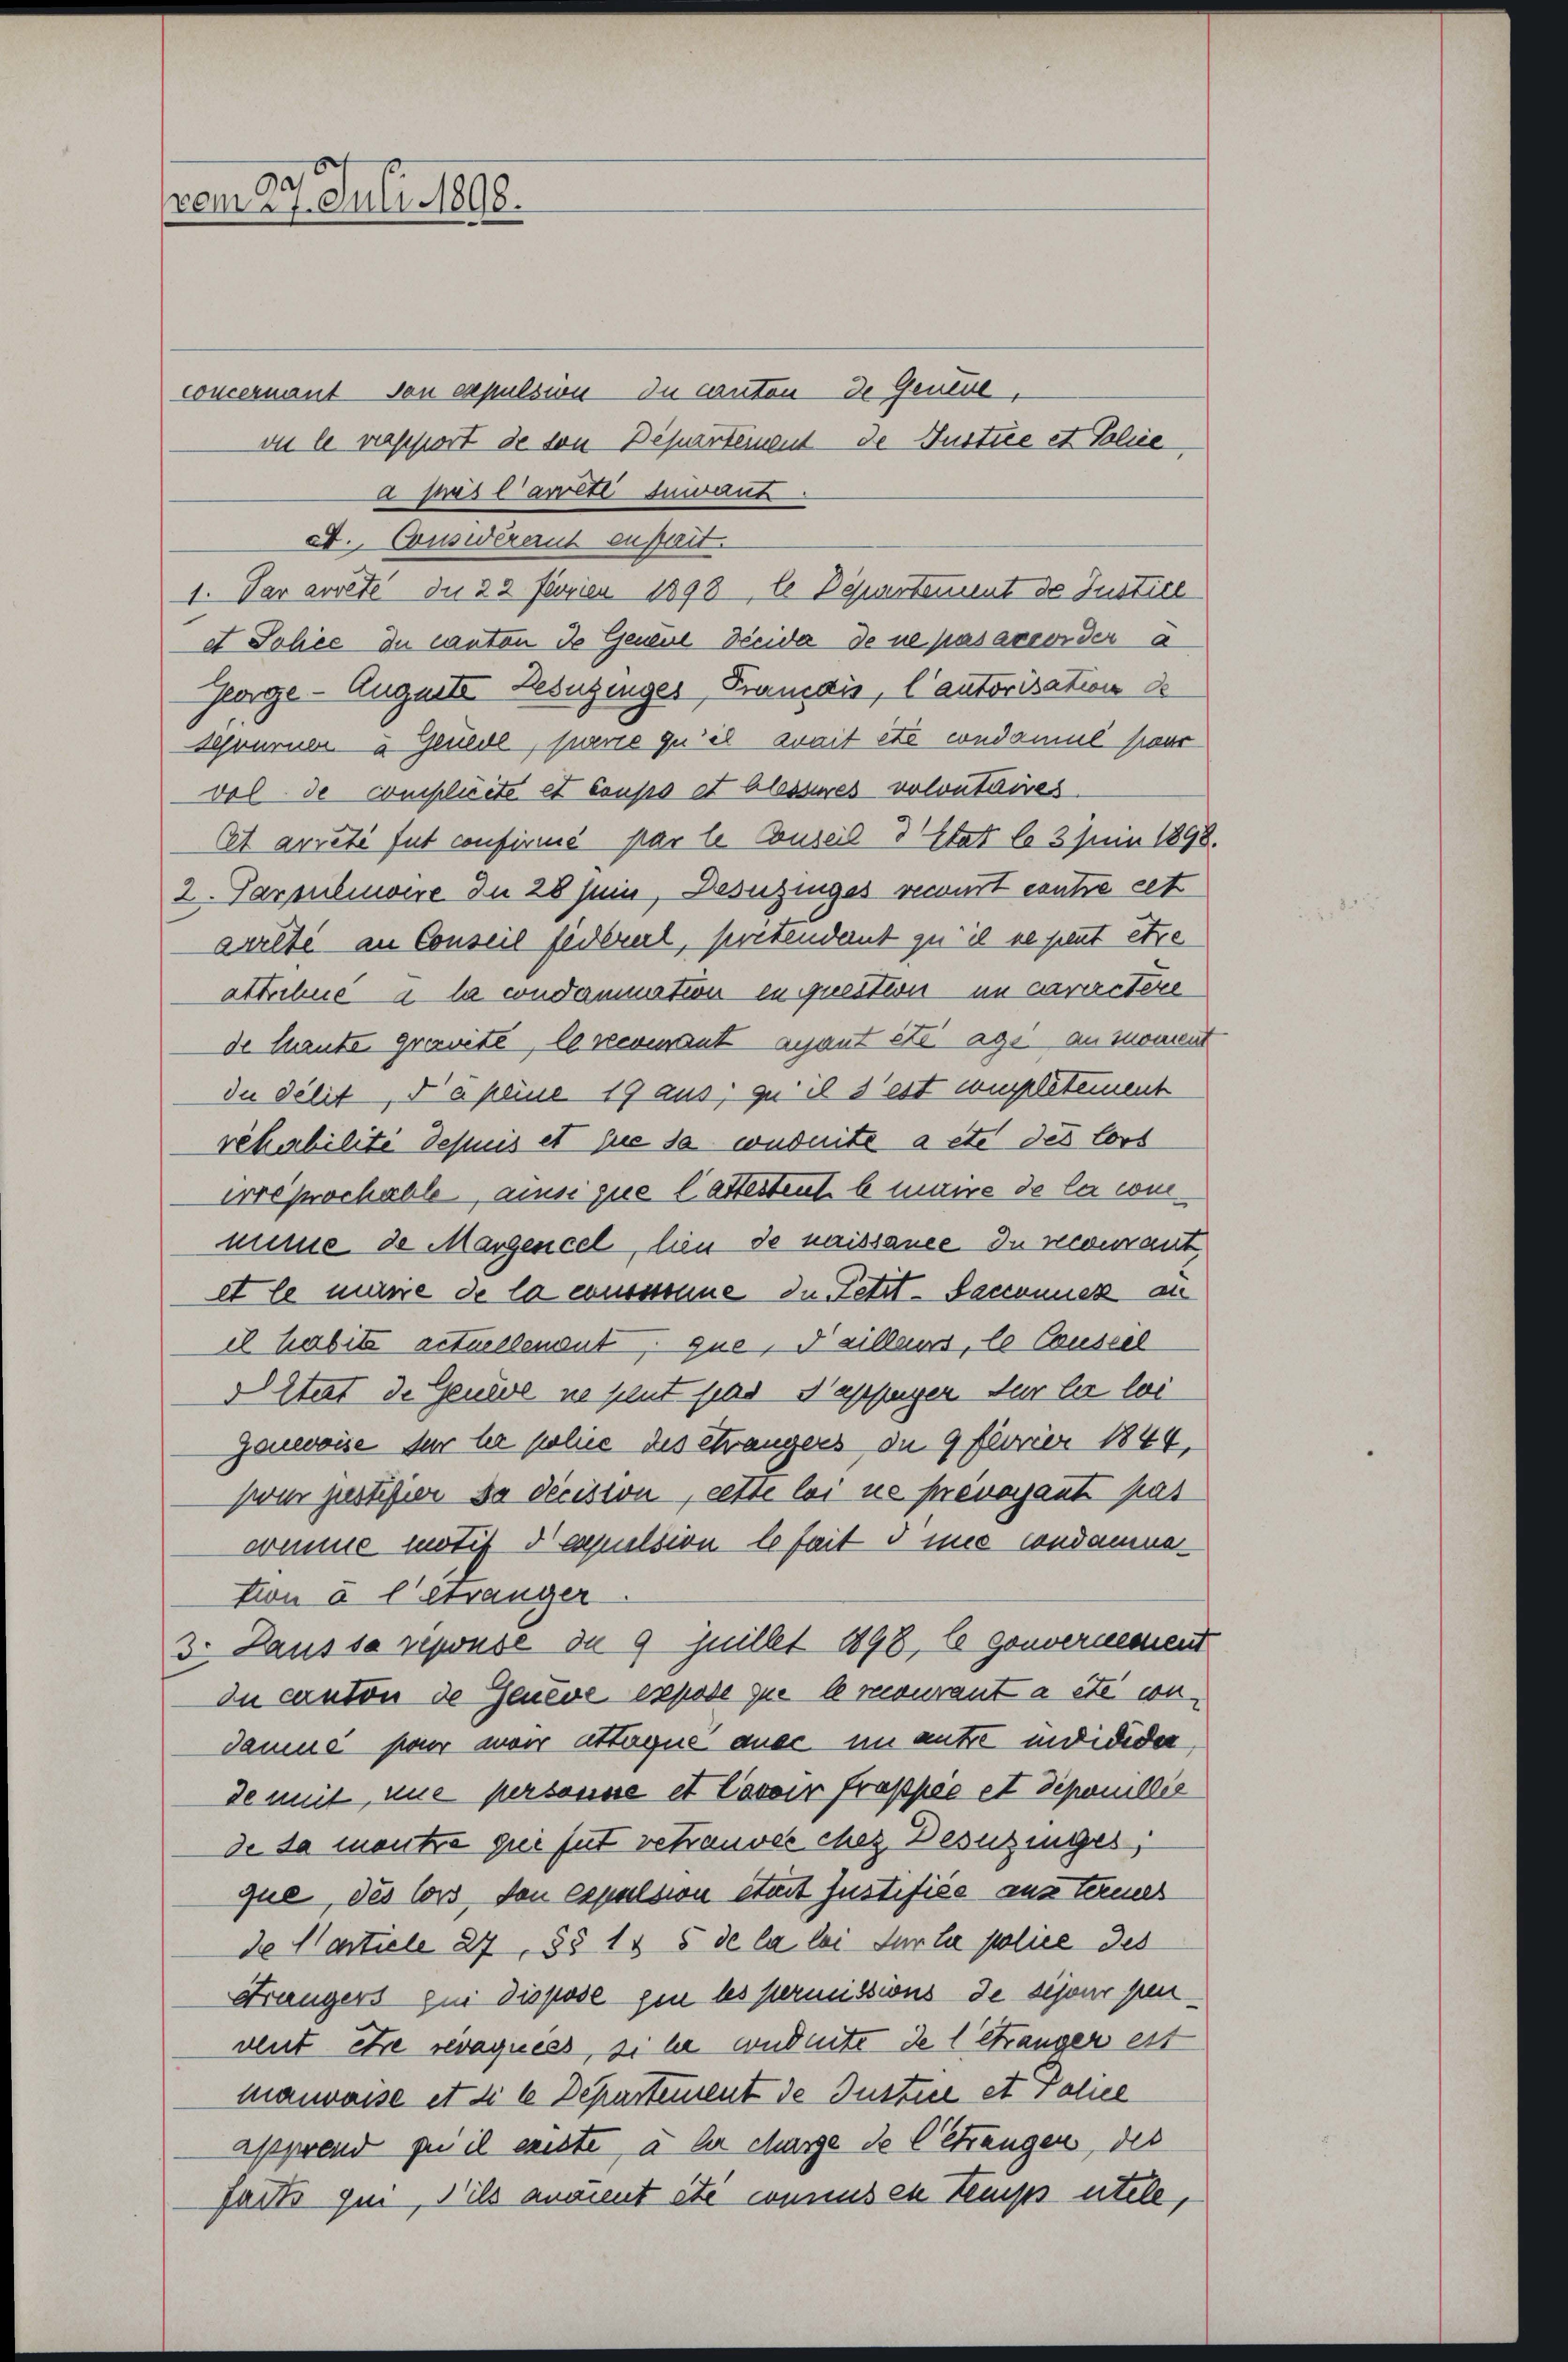
vom 27. Juli 1898.

concernant von expulsion du canton de Genere,
vie le rapport de von Departement de Justice et Thie
a mis Carreti Iunaut
et. Conswererich enheit.
1. Par arrête die 22 Ferien 1898 te Departement de Justice
et Johie du canton de Genaue Decida de ne pas accorder a
George Auguste Desuzinges Prandis, l’autorisation de
syrurner u Feuede, fuerie qu’il somit etc condamit pour
vol de complicte et Coupes et blessures volontaires.
set arreti fut confirmé par le Buseil d’Etat la 3 Juin 189
2. Parpulmoire In 28 sein, Desuzinges verwart eintre cett
arrete an Conseil federerl, pretendernt zu il ne peut être
attribue a le condamnation in question im caractere
de laute gravité, le revenant ayant etc. ags an Moment
du délit, da peine 19 aus, zu il s’est completement
rekerbilite Schnis et sie sa conduite a etc des lors
irreprochable, ainsi que lattestent le maire de la comminse de Margencel, lien de naissance du recourant
et le marie de la consinne in Fetzt - Secconuer an
el habite actuellenent, que, Faillens, le Conseil
d Stert de Genere ne peut fas Nappenzen für der lei
Ganwoise der le polie des Strangers de 9 feuer 1844,
zwar justifier da decision, cette loi ne prévayant pas
somme motif dapession beseit d une condamme
tion à l’étranger.
3. Haus sa repouse de 9 Juillet 1898, le gouvernemen
In canton de Geneve expose que le recourant a été condamus so wir attages aner im antre individer,
de mit nue personne et Cavoir frappie et dipomillie
de da mentre grei fut vetrauves chez Desuzinges
que, des lors von expulsion etmt Justifiée aus termes
d Marticle 27, §§ 1 & 5 de la loi sur le police des
Krängers zu dispose gen les permissions de sijour pen
vent die revaquées, si le conduite de 1 Stranger est
maiwaise et die 6 Departement de Justire et Police
apprend zu il existe, u. hr charge de Ceträngen, des
faits fin, ils anaient été connus en temps utele,